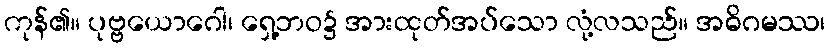
ကုန်၏။ ပုဗ္ဗယောဂေါ၊ ရှေ့ဘဝ၌ အားထုတ်အပ်သော လုံ့လသည်။ အဓိဂမဿ၊